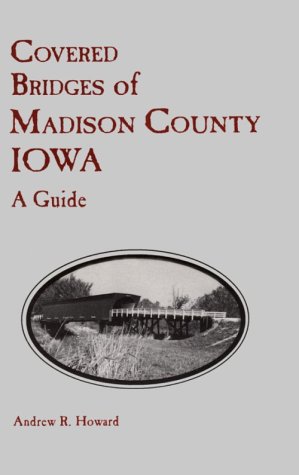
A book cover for Covered Bridges of Madison County, Iowa: A Guide; Andrew R. Howard; Travel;